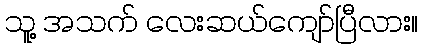
သူ့ အသက် လေးဆယ်ကျော်ပြီလား။